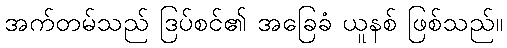
အက်တမ်သည် ဒြပ်စင်၏ အခြေခံ ယူနစ် ဖြစ်သည်။